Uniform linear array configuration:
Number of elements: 32
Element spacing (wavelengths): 0.5
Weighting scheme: kaiser
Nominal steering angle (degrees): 0
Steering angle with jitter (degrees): -1.197
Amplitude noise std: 0.05
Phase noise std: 0.05

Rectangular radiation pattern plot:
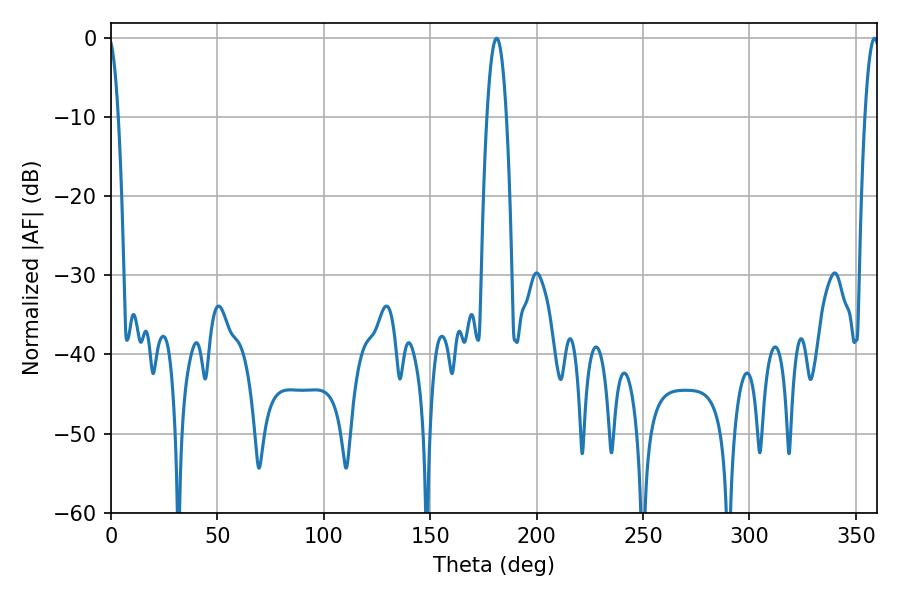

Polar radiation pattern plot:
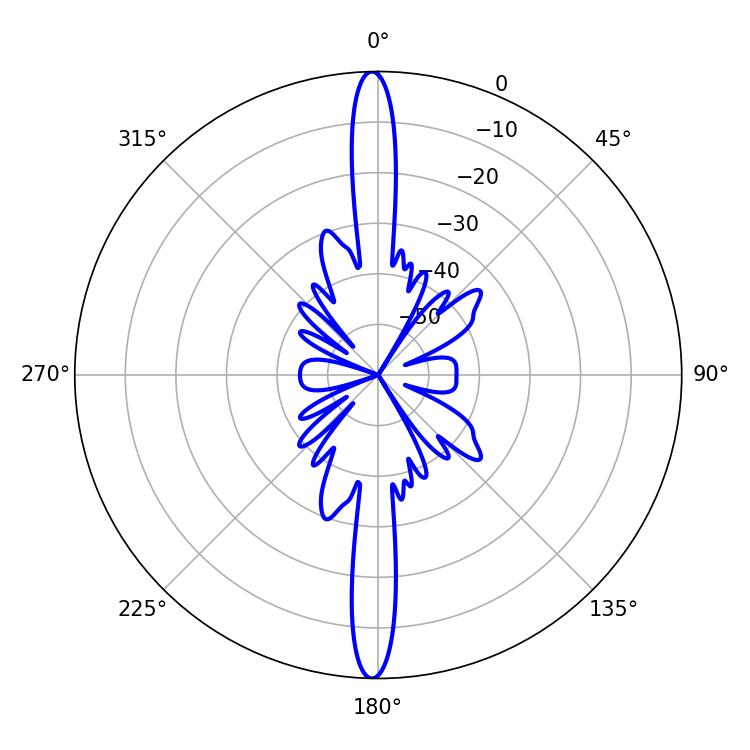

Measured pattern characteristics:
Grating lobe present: FALSE
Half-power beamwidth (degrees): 3.78
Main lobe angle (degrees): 358.74